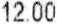
12.00